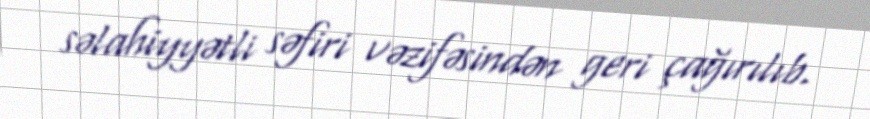
səlahiyyətli səfiri vəzifəsindən geri çağırılıb.